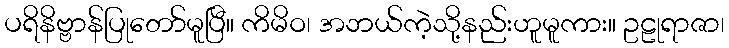
ပရိနိဗ္ဗာန်ပြုတော်မူပြီ။ ကိမိဝ၊ အဘယ်ကဲ့သို့နည်းဟူမူကား။ ဥဠုရာဇာ၊